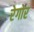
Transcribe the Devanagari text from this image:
रेगोर